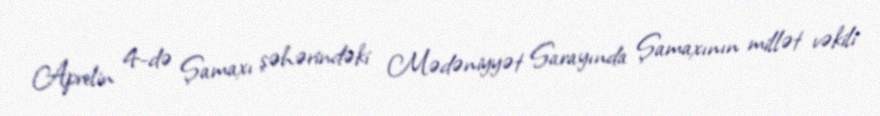
Aprelin 4-də Şamaxı şəhərindəki Mədəniyyət Sarayında Şamaxının millət vəkili